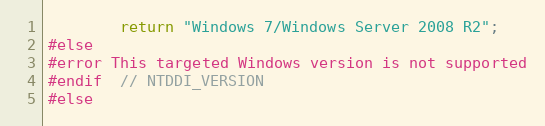
Language: C++
        return "Windows 7/Windows Server 2008 R2";
#else
#error This targeted Windows version is not supported
#endif  // NTDDI_VERSION
#else